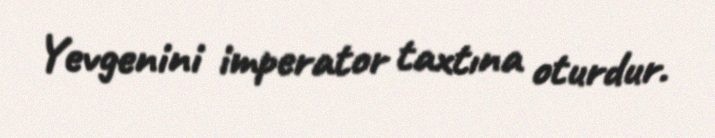
Yevgenini imperator taxtına oturdur.